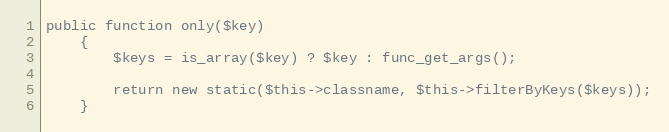
Language: PHP
public function only($key)
    {
        $keys = is_array($key) ? $key : func_get_args();

        return new static($this->classname, $this->filterByKeys($keys));
    }